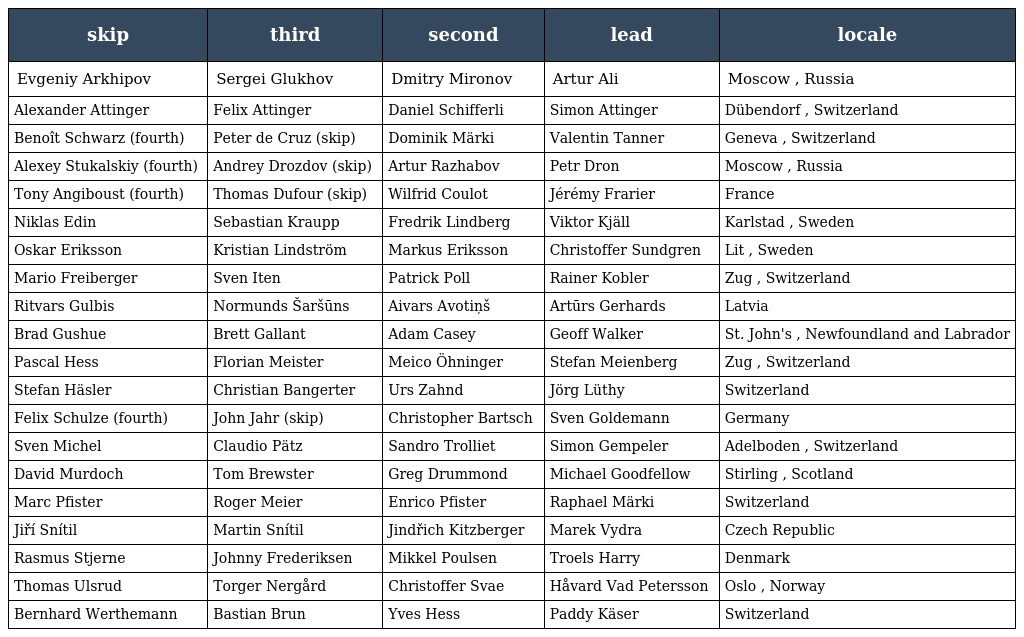
| skip | third | second | lead | locale |
 | --- | --- | --- | --- | --- |
 | Evgeniy Arkhipov | Sergei Glukhov | Dmitry Mironov | Artur Ali | Moscow , Russia |
 | Alexander Attinger | Felix Attinger | Daniel Schifferli | Simon Attinger | Dübendorf , Switzerland |
 | Benoît Schwarz (fourth) | Peter de Cruz (skip) | Dominik Märki | Valentin Tanner | Geneva , Switzerland |
 | Alexey Stukalskiy (fourth) | Andrey Drozdov (skip) | Artur Razhabov | Petr Dron | Moscow , Russia |
 | Tony Angiboust (fourth) | Thomas Dufour (skip) | Wilfrid Coulot | Jérémy Frarier | France |
 | Niklas Edin | Sebastian Kraupp | Fredrik Lindberg | Viktor Kjäll | Karlstad , Sweden |
 | Oskar Eriksson | Kristian Lindström | Markus Eriksson | Christoffer Sundgren | Lit , Sweden |
 | Mario Freiberger | Sven Iten | Patrick Poll | Rainer Kobler | Zug , Switzerland |
 | Ritvars Gulbis | Normunds Šaršūns | Aivars Avotiņš | Artūrs Gerhards | Latvia |
 | Brad Gushue | Brett Gallant | Adam Casey | Geoff Walker | St. John's , Newfoundland and Labrador |
 | Pascal Hess | Florian Meister | Meico Öhninger | Stefan Meienberg | Zug , Switzerland |
 | Stefan Häsler | Christian Bangerter | Urs Zahnd | Jörg Lüthy | Switzerland |
 | Felix Schulze (fourth) | John Jahr (skip) | Christopher Bartsch | Sven Goldemann | Germany |
 | Sven Michel | Claudio Pätz | Sandro Trolliet | Simon Gempeler | Adelboden , Switzerland |
 | David Murdoch | Tom Brewster | Greg Drummond | Michael Goodfellow | Stirling , Scotland |
 | Marc Pfister | Roger Meier | Enrico Pfister | Raphael Märki | Switzerland |
 | Jiří Snítil | Martin Snítil | Jindřich Kitzberger | Marek Vydra | Czech Republic |
 | Rasmus Stjerne | Johnny Frederiksen | Mikkel Poulsen | Troels Harry | Denmark |
 | Thomas Ulsrud | Torger Nergård | Christoffer Svae | Håvard Vad Petersson | Oslo , Norway |
 | Bernhard Werthemann | Bastian Brun | Yves Hess | Paddy Käser | Switzerland |